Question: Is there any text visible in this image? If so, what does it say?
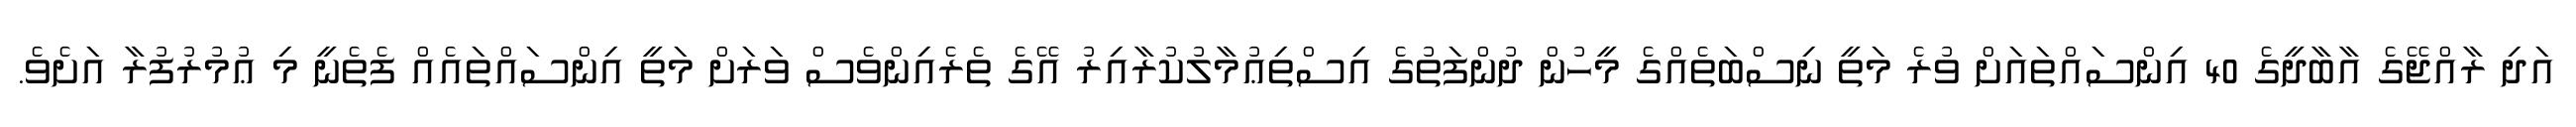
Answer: އަދި ރާއްޖޭގެ އާބާދީގެ 40 އިންސައްތައަށް ވުރެ މަތީ ނިސްބަތެއްގެ މީހުން ދުންފަތުގެ އިސްތިޢުމާލުކުރާއިރު އޭގެ ތެރެއިންވެސް ވަރަށް މަތީ އިންސައްތައެއް ފެތެނީ މި ޢުމުރުފުރާ އަށެވެ.